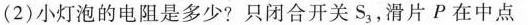
(2)小灯泡的电阻是多少?只闭合开关S_{3}，滑片P在中点